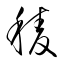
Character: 稜